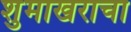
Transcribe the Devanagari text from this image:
शुमाखराचा